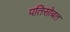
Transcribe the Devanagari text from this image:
पतिसोबत